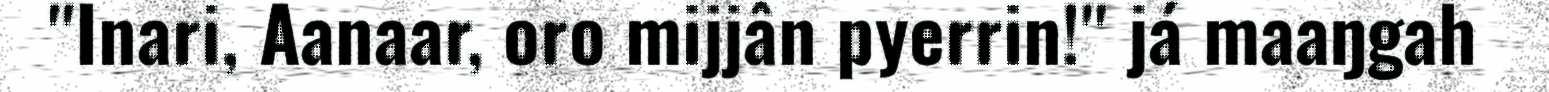
"Inari, Aanaar, oro mijjân pyerrin!" já maaŋgah